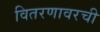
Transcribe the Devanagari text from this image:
वितरणावरची